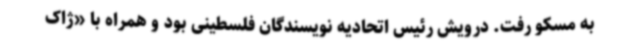
به مسکو رفت. درویش رئیس اتحادیه نویسندگان فلسطینی بود و همراه با «ژاک